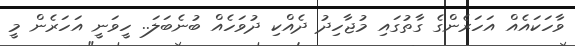
ވާހަކައެއް އަހަރެންގެ ގާތުގައި މުޖާހިދު ދެއްކި ދުވަހެއް ބުނެބަލަ.. ހީވަނީ އަހަރެން މީ